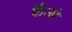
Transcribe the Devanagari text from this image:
फैन्से